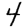
Digit: 4